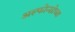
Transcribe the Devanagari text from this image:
अल्फोन्सोच्या